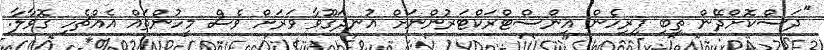
"ދަސްކޮށްދޭން ތިބި ފިރިހެން އިންސްޓްރަކްޓަރުންނަށް އުނދަގޫވާ ވަރަށް ވެސް މީހުންތައް އެއްޗެހި ގޮވާލާ.